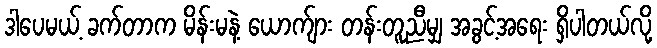
ဒါပေမယ့် ခက်တာက မိန်းမနဲ့ ယောက်ျား တန်းတူညီမျှ အခွင့်အရေး ရှိပါတယ်လို့